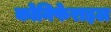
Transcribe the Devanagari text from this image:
कोनिफेराइल